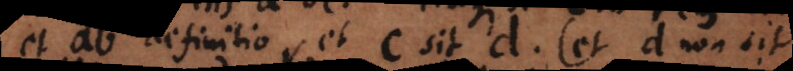
et ab definitio, et c sit d (et d non sit